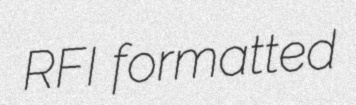
RFI formatted